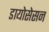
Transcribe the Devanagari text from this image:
डायोसेसन